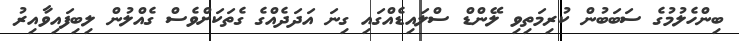
ބިންހެލުމުގެ ސަބަބުން ކުރިމަތިވި ލޭންޑް ސްލައިޑެއްގައި ގިނަ އަދަދެއްގެ ގެތަކަށްވެސް ގެއްލުން ލިބިފައިވާއިރު